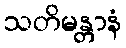
သတိမန္တာနံ